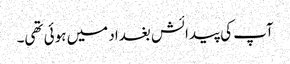
آپ کی پیدائش بغداد میں ہوئی تھی۔